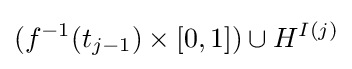
(f^{-1}(t_{j-1})\times [0,1])\cup H^{I(j)}